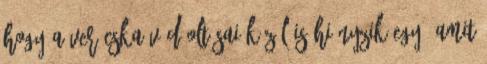
hogy a Verácska védõoltásai közül is hiányzik egy, amit